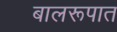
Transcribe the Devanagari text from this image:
बालरूपात